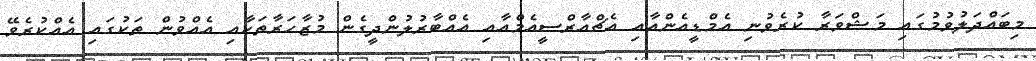
މިބައްދަލުވުމުގައި މަޝްވަރާ ކުރެވުނި އެމްޑީއެންއާއި އެޗްއާރްސީއެމްއާއި އެއްބާރުލުންދީގެން މުޒާހަރާތަކާއި އެއްވުން ތަކުގައި އެއްކުރެވޭ